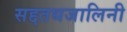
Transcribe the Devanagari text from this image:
सद्दतथजालिनी